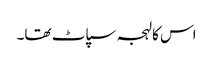
اس کا لہجہ سپاٹ تھا۔